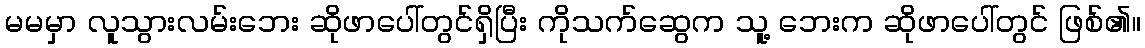
မမမှာ လူသွားလမ်းဘေး ဆိုဖာပေါ်တွင်ရှိပြီး ကိုသက်ဆွေက သူ့ ဘေးက ဆိုဖာပေါ်တွင် ဖြစ်၏။